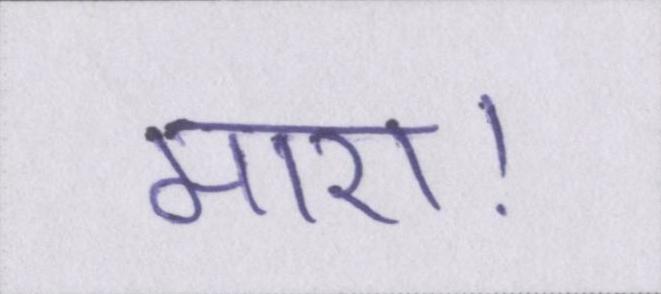
मारा।